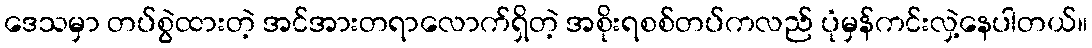
ဒေသမှာ တပ်စွဲထားတဲ့ အင်အားတရာလောက်ရှိတဲ့ အစိုးရစစ်တပ်ကလည် ပုံမှန်ကင်းလှဲ့နေပါတယ်။